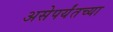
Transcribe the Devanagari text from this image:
असेपर्यंतच्या